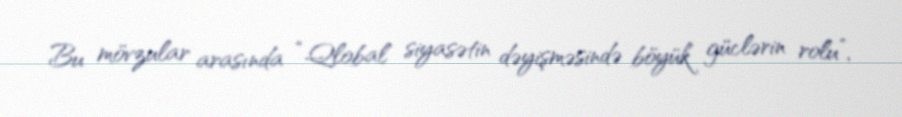
Bu mövzular arasında “Qlobal siyasətin dəyişməsində böyük güclərin rolu”,